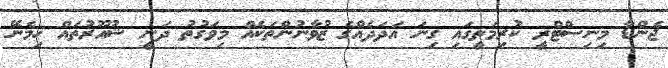
ޖެންޑާ މިނިސްޓްރީ ކުރިމަތީގައި ގިނަ އަދަދެއްގެ ޒުވާނުންތަކެއް މިވަގުތު ދަނީ ޝުއޫރުތައް ހިމެނޭ